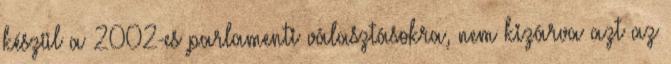
készül a 2002-es parlamenti választásokra, nem kizárva azt az